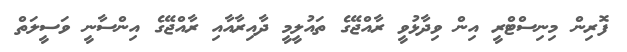
ފޮރިން މިނިސްޓްރީ އިން ވިދާޅުވީ ރާއްޖޭގެ ތައުލީމީ ދާއިރާއާއި ރާއްޖޭގެ އިންސާނީ ވަސީލަތް